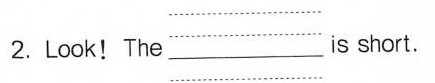
2.Look!The ___ s short.